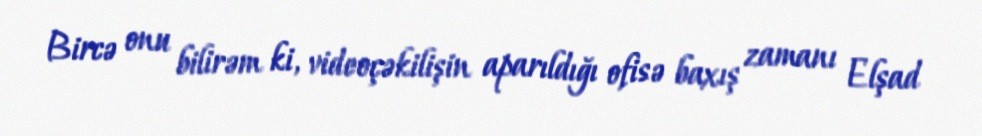
Bircə onu bilirəm ki, videoçəkilişin aparıldığı ofisə baxış zamanı Elşad